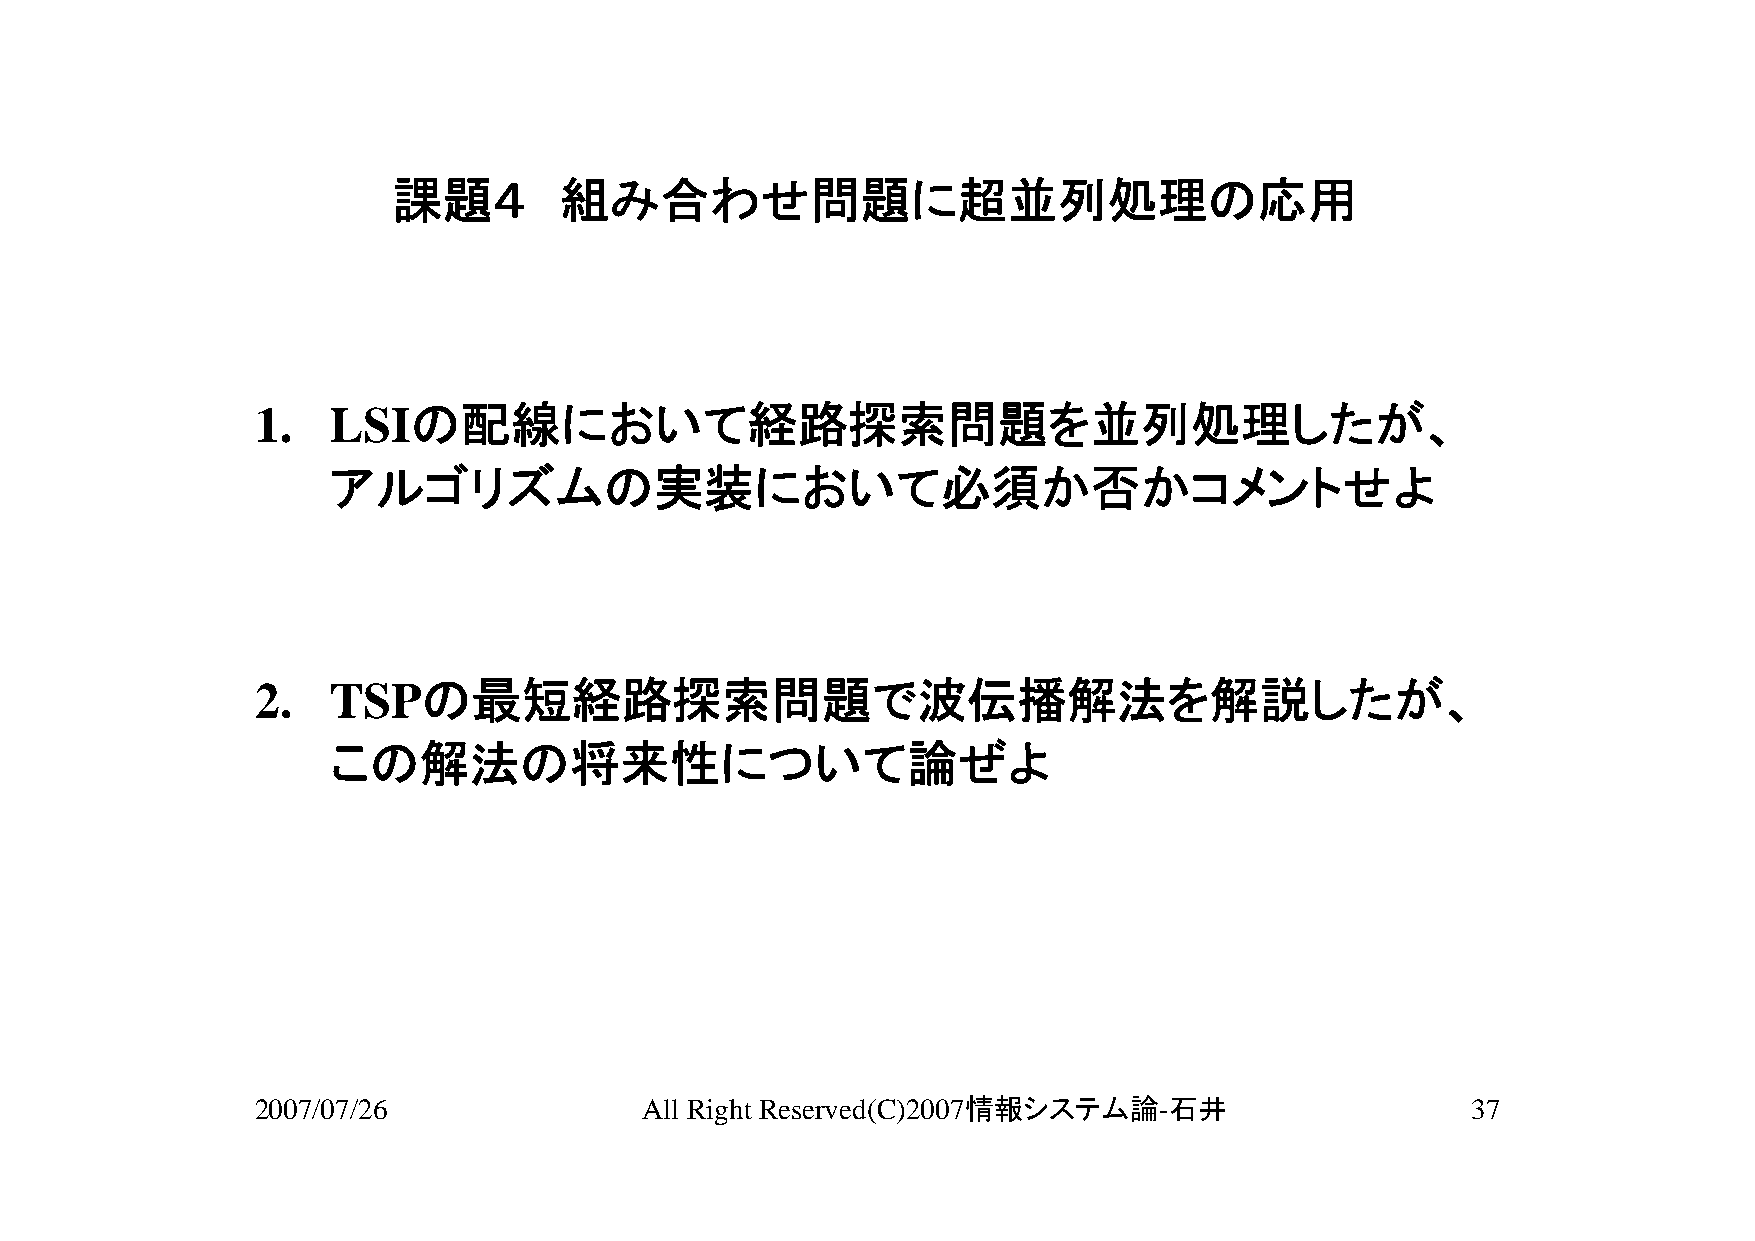
課題４        組み合わせ問題に超並列処理の応用
 1.   LSIの配線において経路探索問題を並列処理したが、
 アルゴリズムの実装において必須か否かコメントせよ
 2.   TSPの最短経路探索問題で波伝播解法を解説したが、
 この解法の将来性について論ぜよ
 2007/07/26               All Right Reserved(C)2007情報システム論-石井                    37